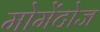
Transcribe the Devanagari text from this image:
मोमेंटोज